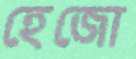
হেজো